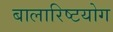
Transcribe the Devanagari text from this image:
बालारिष्टयोग